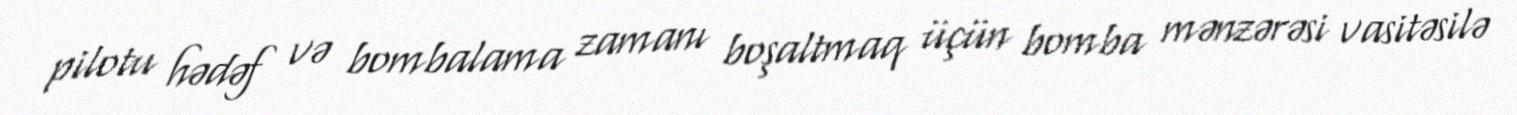
pilotu hədəf və bombalama zamanı boşaltmaq üçün bomba mənzərəsi vasitəsilə